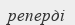
реперді